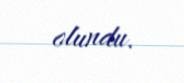
olundu.